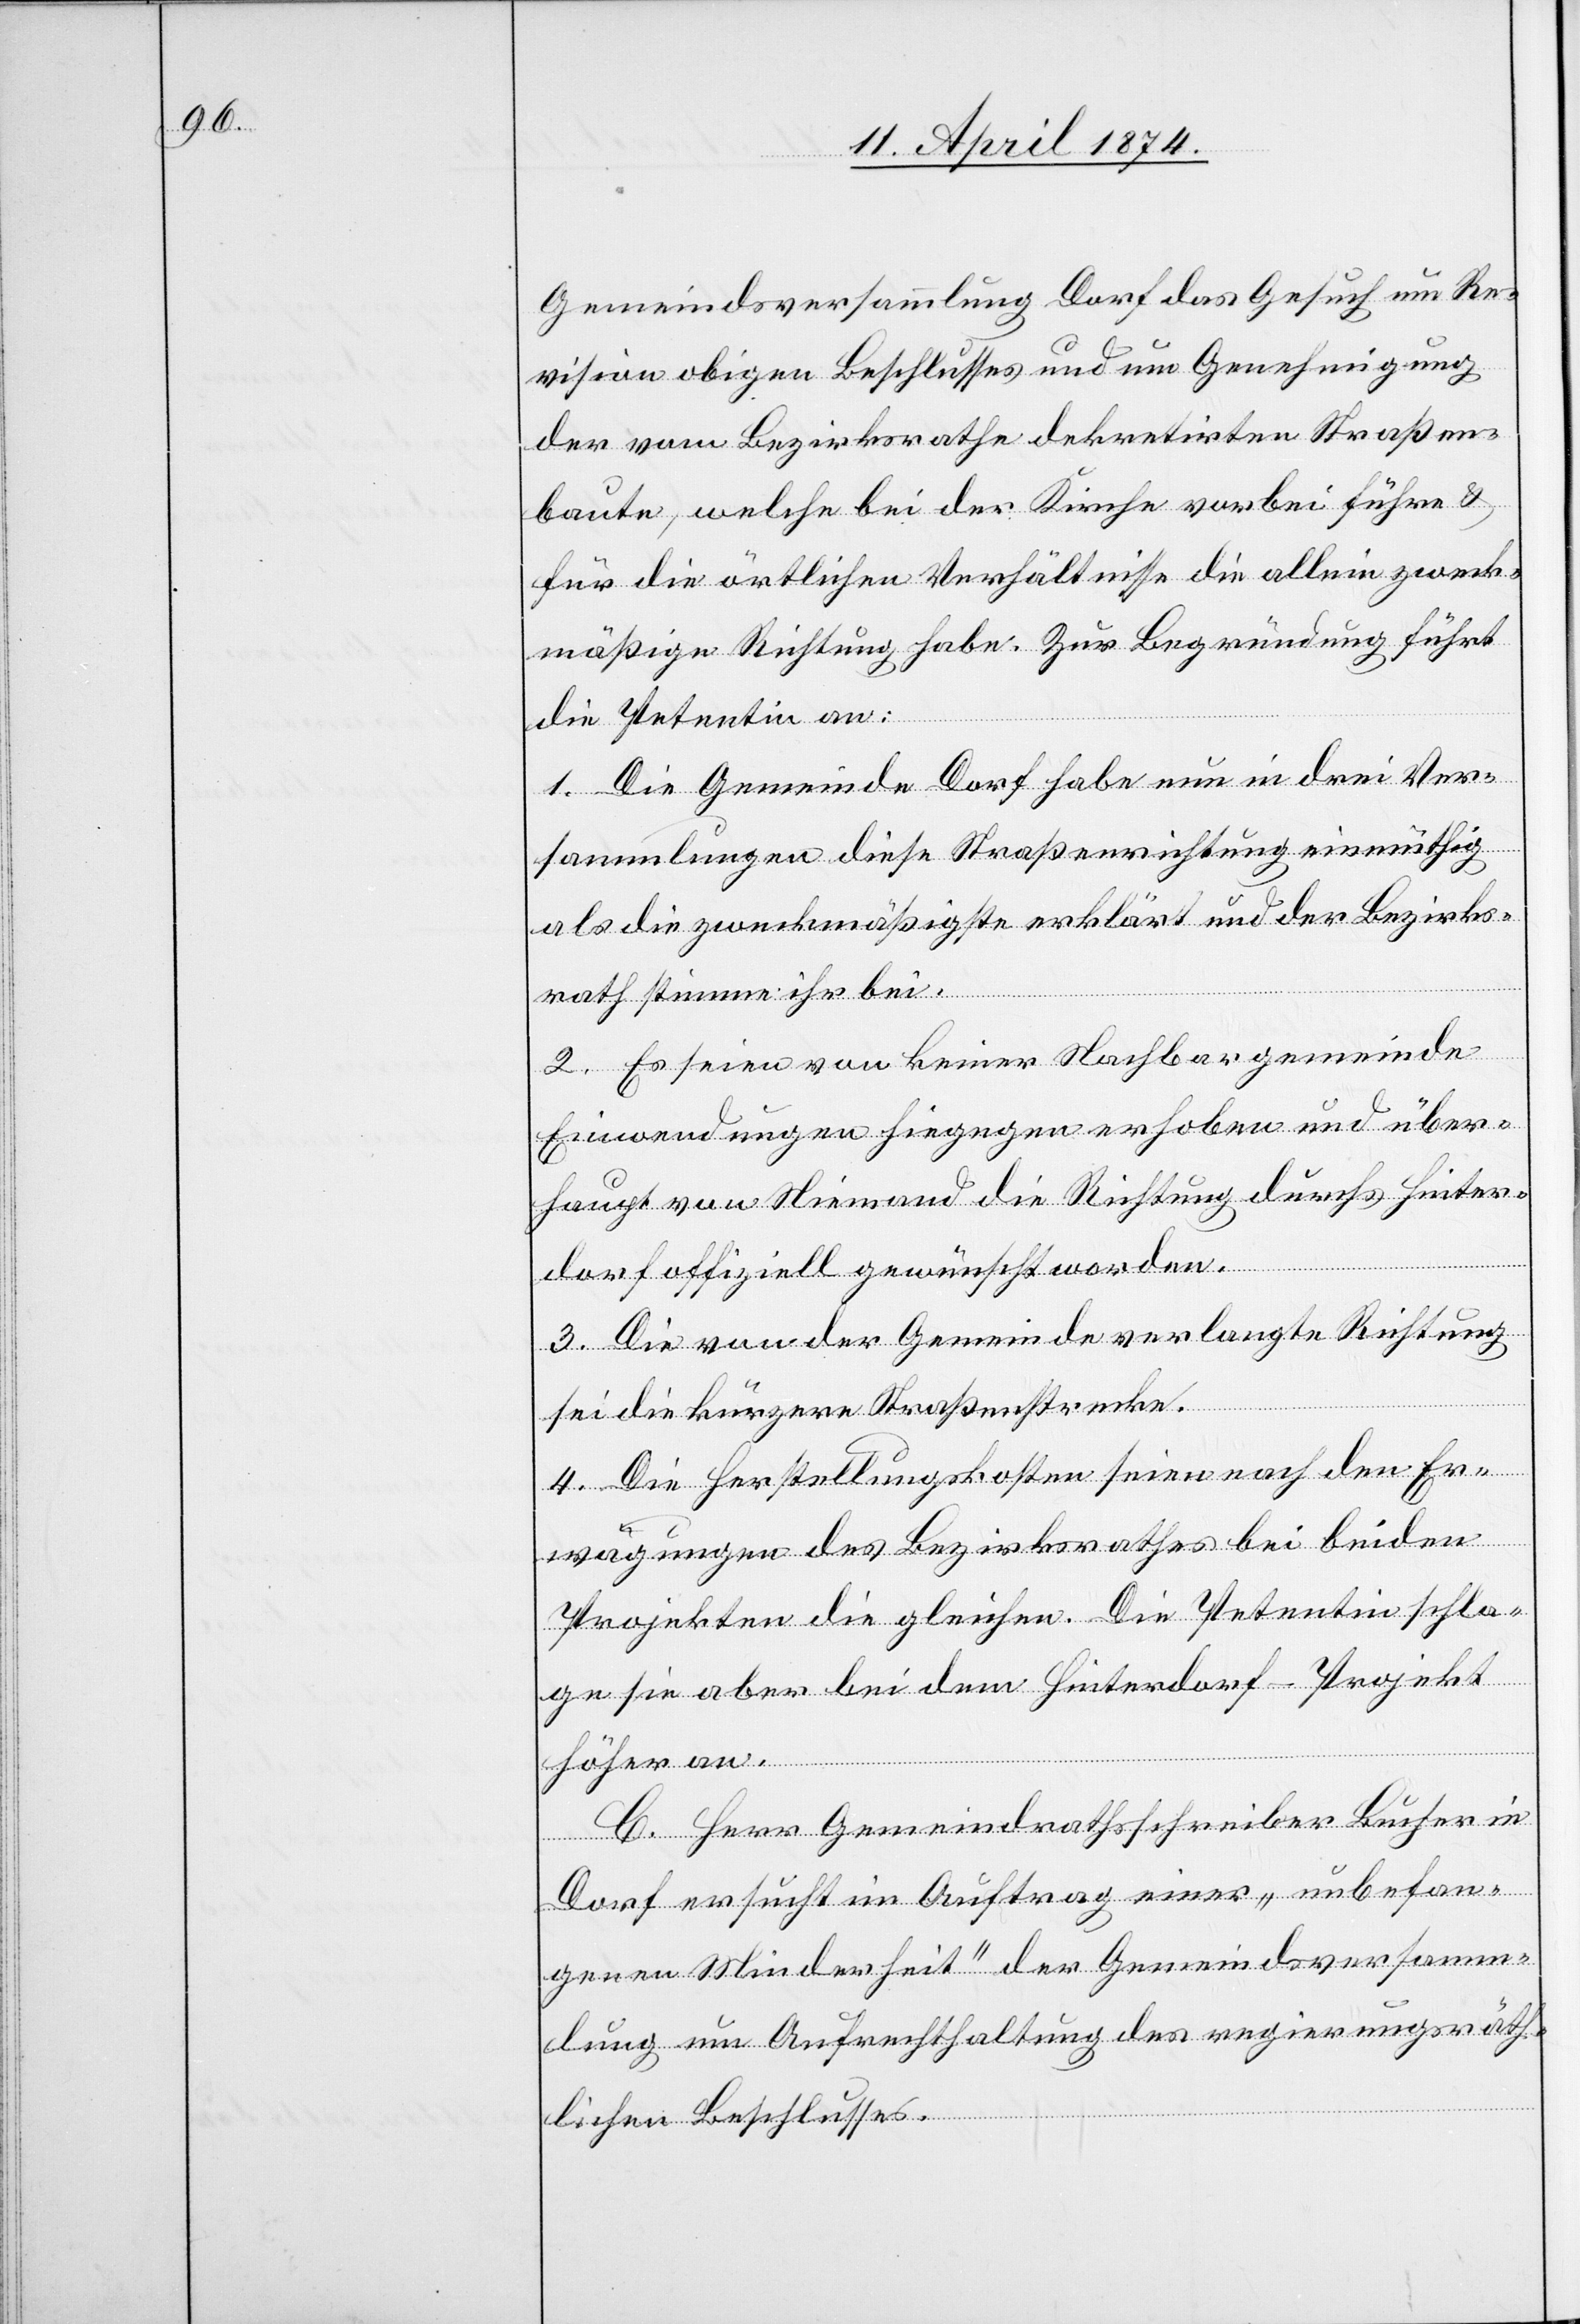
Gemeindsversammlung Dorf das Gesuch um Re¬
vision obigen Beschlusses und um Genehmigung
der vom Bezirksrathe dekretirten Straßen¬
bauten, welche bei der Kirche vorbei führen u.
für die örtlichen Verhältnisse die allein zweck¬
mäßige Richtung habe. Zur Begründung führt
die Petentin an:
1. Die Gemeinde Dorf habe nun in drei Ver¬
sammlungen diese Straßenrichtung einmüthig
als die zweckmäßigste erklärt und der Bezirks¬
rath stimme ihr bei.
2. Es seien von keiner Nachbargemeinde
Einwendungen hiegegen erhoben und über¬
haupt von Niemand die Richtung durchs Hinter¬
dorf offiziell gewünscht worden.
3. Die von der Gemeinde verlangte Richtung
sei die kürzere Straßenstrecke.
4. Die Herstellungskosten seien nach den Er¬
wägungen des Bezirksrathes bei beiden
Projekten die gleichen. Die Petentin schla¬
ge sie aber bei dem Hinterdorf-Projekt
höher an.
C. Herr Gemeindrathsschreiber Bücher in
Dorf ersucht im Auftrag einer „unbefan¬
genen Minderheit“ der Gemeindsversamm¬
lung um Aufrechthaltung des regierungsräth¬
lichen Beschlusses.